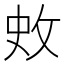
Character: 𭣥